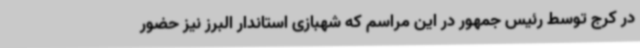
در کرج توسط رئیس جمهور در این مراسم که شهبازی استاندار البرز نیز حضور